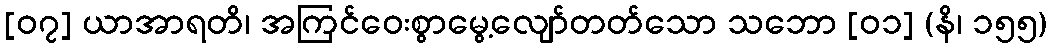
[၀၇] ယာအာရတိ၊ အကြင်ဝေးစွာမွေ့လျော်တတ်သော သဘော [၀၁] (နိ၊ ၁၅၅)